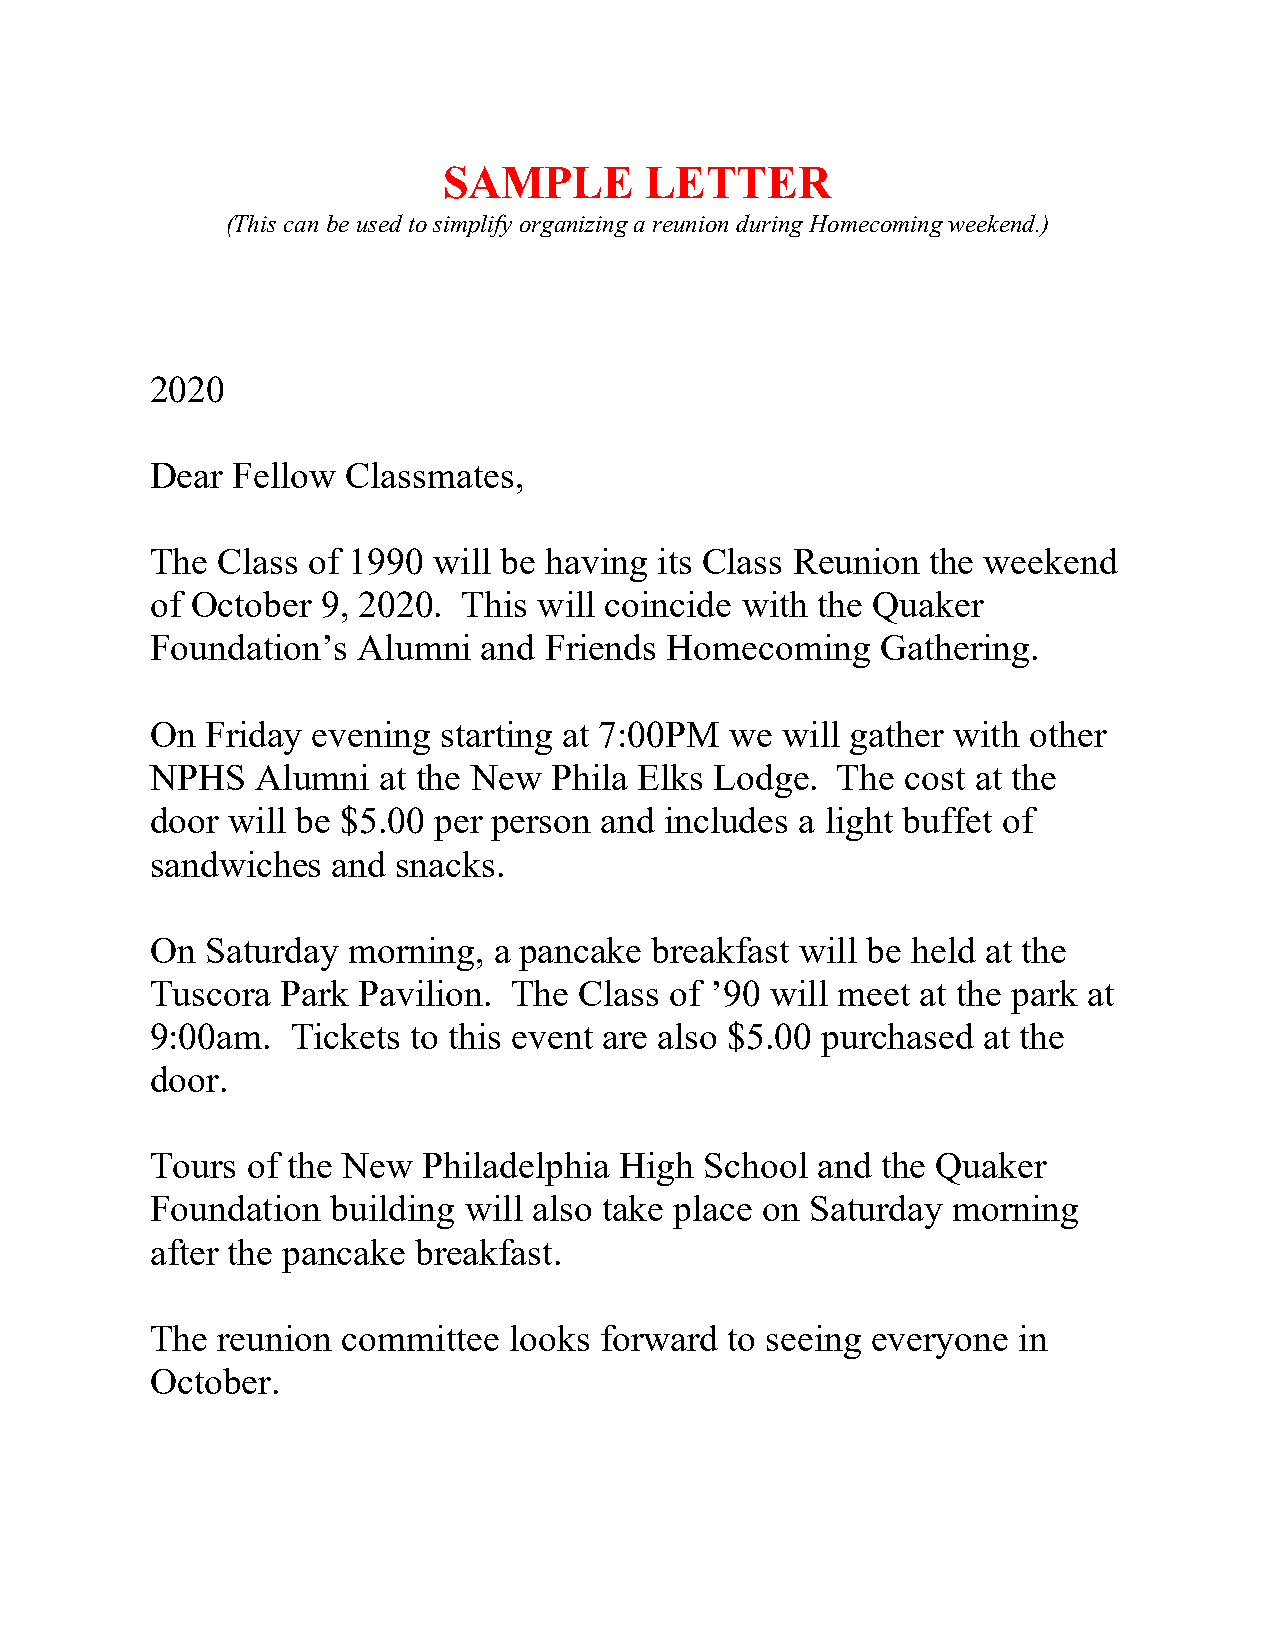
SAMPLE        LETTER
 (This can be used to simplify organizing a reunion during Homecoming weekend.)
 2020
 Dear Fellow  Classmates,
 The Class of 1990  will be having its Class Reunion the weekend
 of October 9, 2020.  This will coincide with the Quaker
 Foundation’s  Alumni  and Friends Homecoming    Gathering.
 On  Friday evening starting at 7:00PM we  will gather with other
 NPHS   Alumni  at the New Phila Elks Lodge.  The  cost at the
 door will be $5.00 per person and includes a light buffet of
 sandwiches  and snacks.
 On  Saturday morning,  a pancake breakfast will be held at the
 Tuscora  Park Pavilion. The Class of ’90 will meet at the park at
 9:00am.  Tickets to this event are also $5.00 purchased at the
 door.
 Tours of the New  Philadelphia High  School and the Quaker
 Foundation  building will also take place on Saturday morning
 after the pancake breakfast.
 The reunion  committee  looks forward to seeing everyone in
 October.